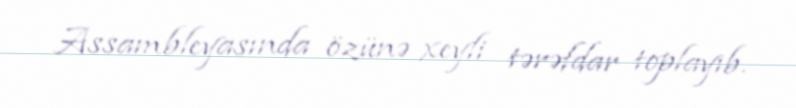
Assambleyasında özünə xeyli tərəfdar toplayıb.